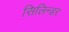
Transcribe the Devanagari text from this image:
सिलिन्डर